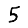
Digit: 5